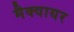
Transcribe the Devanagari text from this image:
मैक्वायर